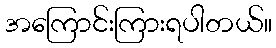
အကြောင်းကြားရပါတယ်။